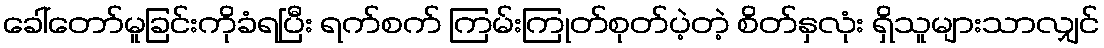
ခေါ်တော်မူခြင်းကိုခံရပြီး ရက်စက် ကြမ်းကြုတ်စုတ်ပဲ့တဲ့ စိတ်နှလုံး ရှိသူများသာလျှင်